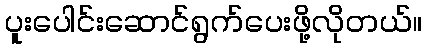
ပူးပေါင်းဆောင်ရွက်ပေးဖို့လိုတယ်။